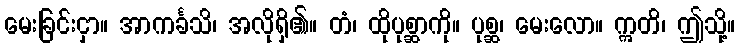
မေးခြင်းငှာ။ အာကင်္ခသိ၊ အလိုရှိ၏။ တံ၊ ထိုပုစ္ဆာကို။ ပုစ္ဆ၊ မေးလော။ ဣတိ၊ ဤသို့။